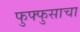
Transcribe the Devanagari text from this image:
फुफ्‍फुसाचा